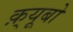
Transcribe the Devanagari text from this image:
क़्यूबो